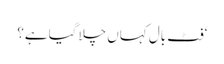
‘فٹ بال کہاں چلا گیا ہے؟